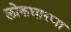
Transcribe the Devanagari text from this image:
लोकधारणा